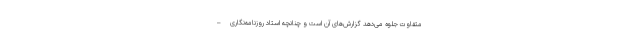
متفاوت جلوه می‌دهد گزارش‌های آن است و چنانچه استاد روزنامه‌نگاری –